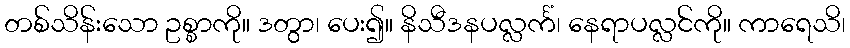
တစ်သိန်းသော ဥစ္စာကို။ ဒတွာ၊ ပေး၍။ နိသီဒနပလ္လင်္ကံ၊ နေရာပလ္လင်ကို။ ကာရေသိ၊